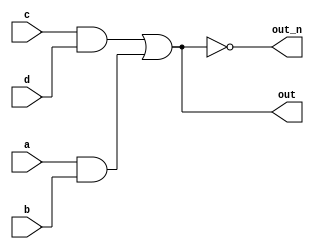
`default_nettype none
module top_module (
    input  a,
    input  b,
    input  c,
    input  d,
    output out,
    output out_n
);
  wire firstupper;
  wire firstlower;
  wire secondupper;
  assign firstupper  = a && b;
  assign firstlower  = c && d;
  assign secondupper = firstlower || firstupper;
  assign out         = secondupper;
  assign out_n       = ~secondupper;
endmodule